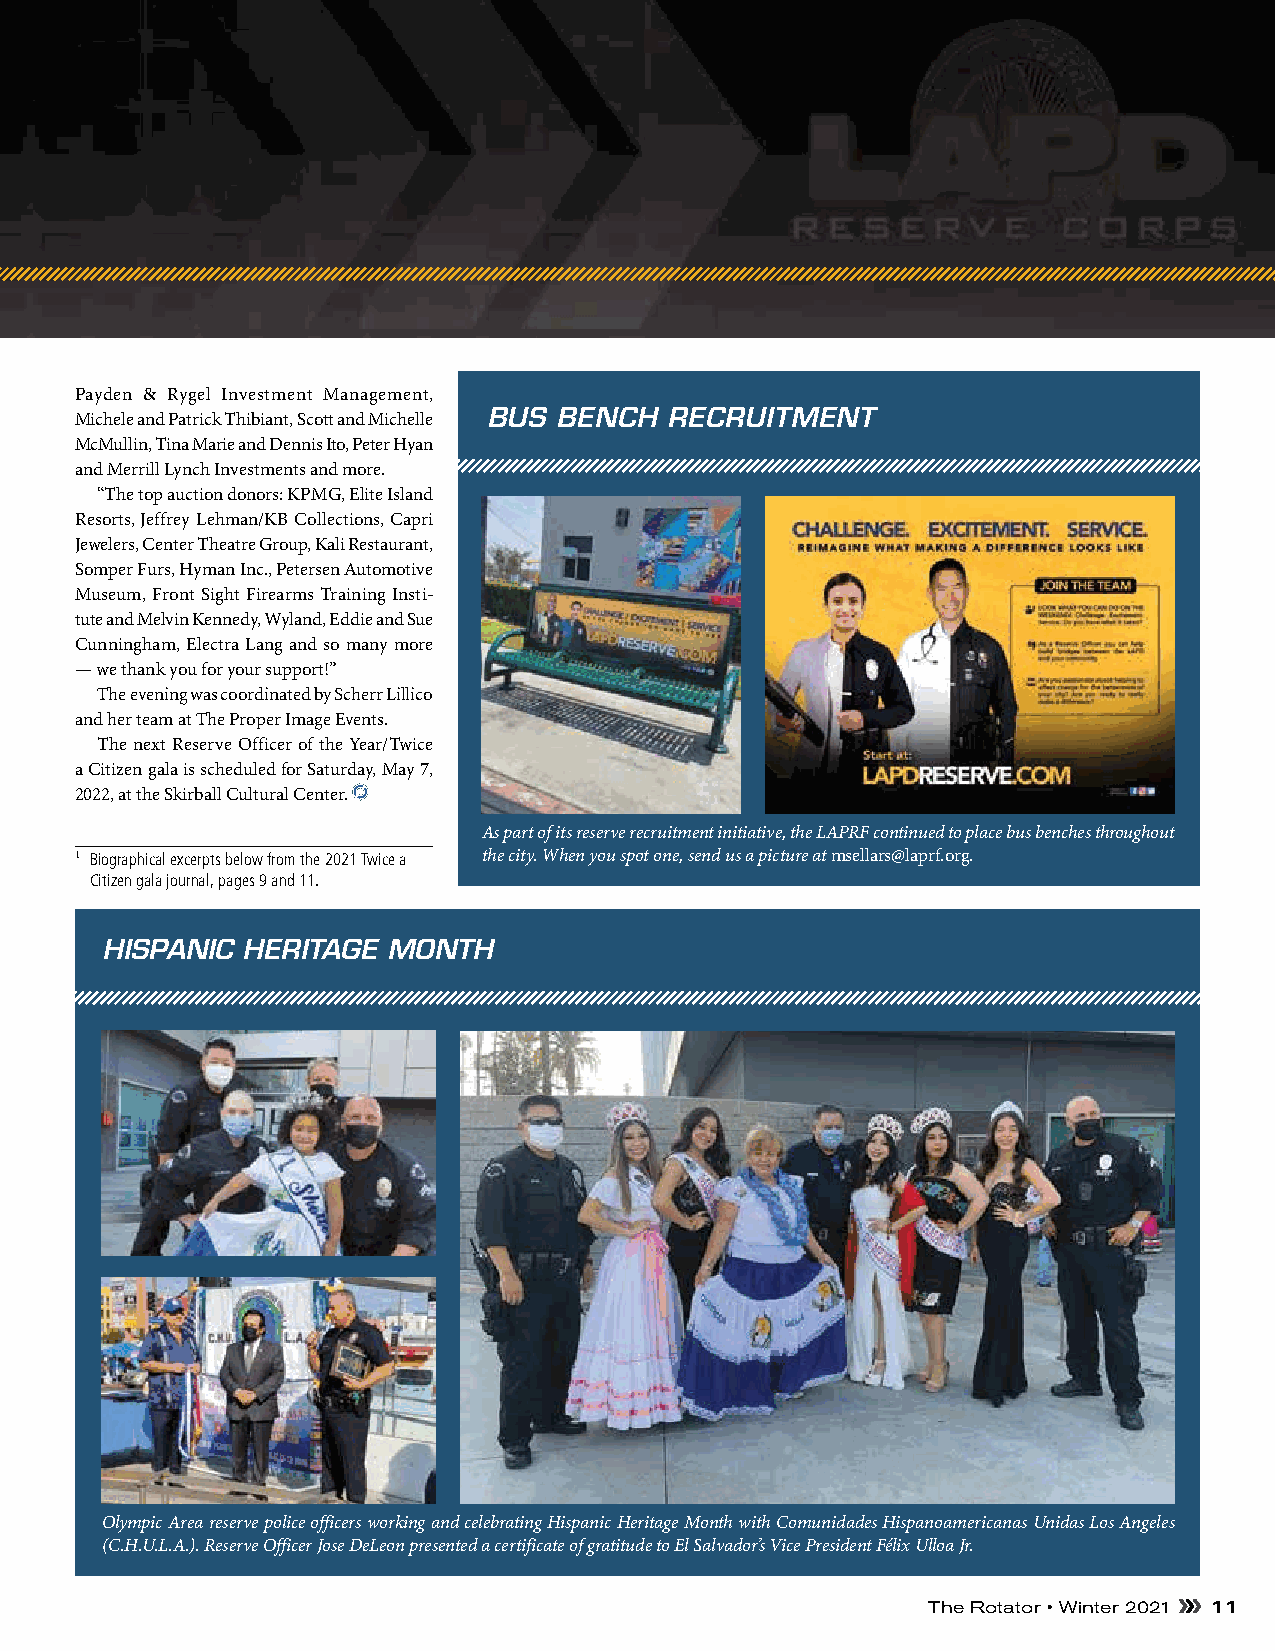
Payden & Rygel Investment Management,
 Michele and Patrick Thibiant, Scott and Michelle BUS BENCH RECRUITMENT
 McMullin, Tina Marie and Dennis Ito, Peter Hyan
 and Merrill Lynch Investments and more.
 “The top auction donors: KPMG, Elite Island
 Resorts, Jeffrey Lehman/KB Collections, Capri
 Jewelers, Center Theatre Group, Kali Restaurant,
 Somper Furs, Hyman Inc., Petersen Automotive
 Museum, Front Sight Firearms Training Insti-
 tute and Melvin Kennedy, Wyland, Eddie and Sue
 Cunningham, Electra Lang and so many more
 — we thank you for your support!”
 The evening was coordinated by Scherr Lillico
 and her team at The Proper Image Events.
 The next Reserve Officer of the Year/Twice
 a Citizen gala is scheduled for Saturday, May 7,
 2022, at the Skirball Cultural Center.
 As part of its reserve recruitment initiative, the LAPRF continued to place bus benches throughout
 1 Biographical excerpts below from the 2021 Twice a the city. When you spot one, send us a picture at msellars@laprf.org.
 Citizen gala journal, pages 9 and 11.
 HISPANIC HERITAGE  MONTH
 Olympic Area reserve police officers working and celebrating Hispanic Heritage Month with Comunidades Hispanoamericanas Unidas Los Angeles
 (C.H.U.L.A.). Reserve Officer Jose DeLeon presented a certificate of gratitude to El Salvador’s Vice President Félix Ulloa Jr.
 The Rotator • Winter 2021 11